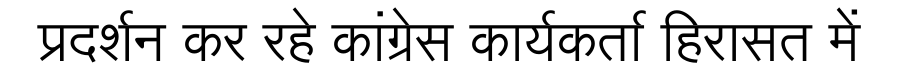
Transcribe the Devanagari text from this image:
प्रदर्शन कर रहे कांग्रेस कार्यकर्ता हिरासत में